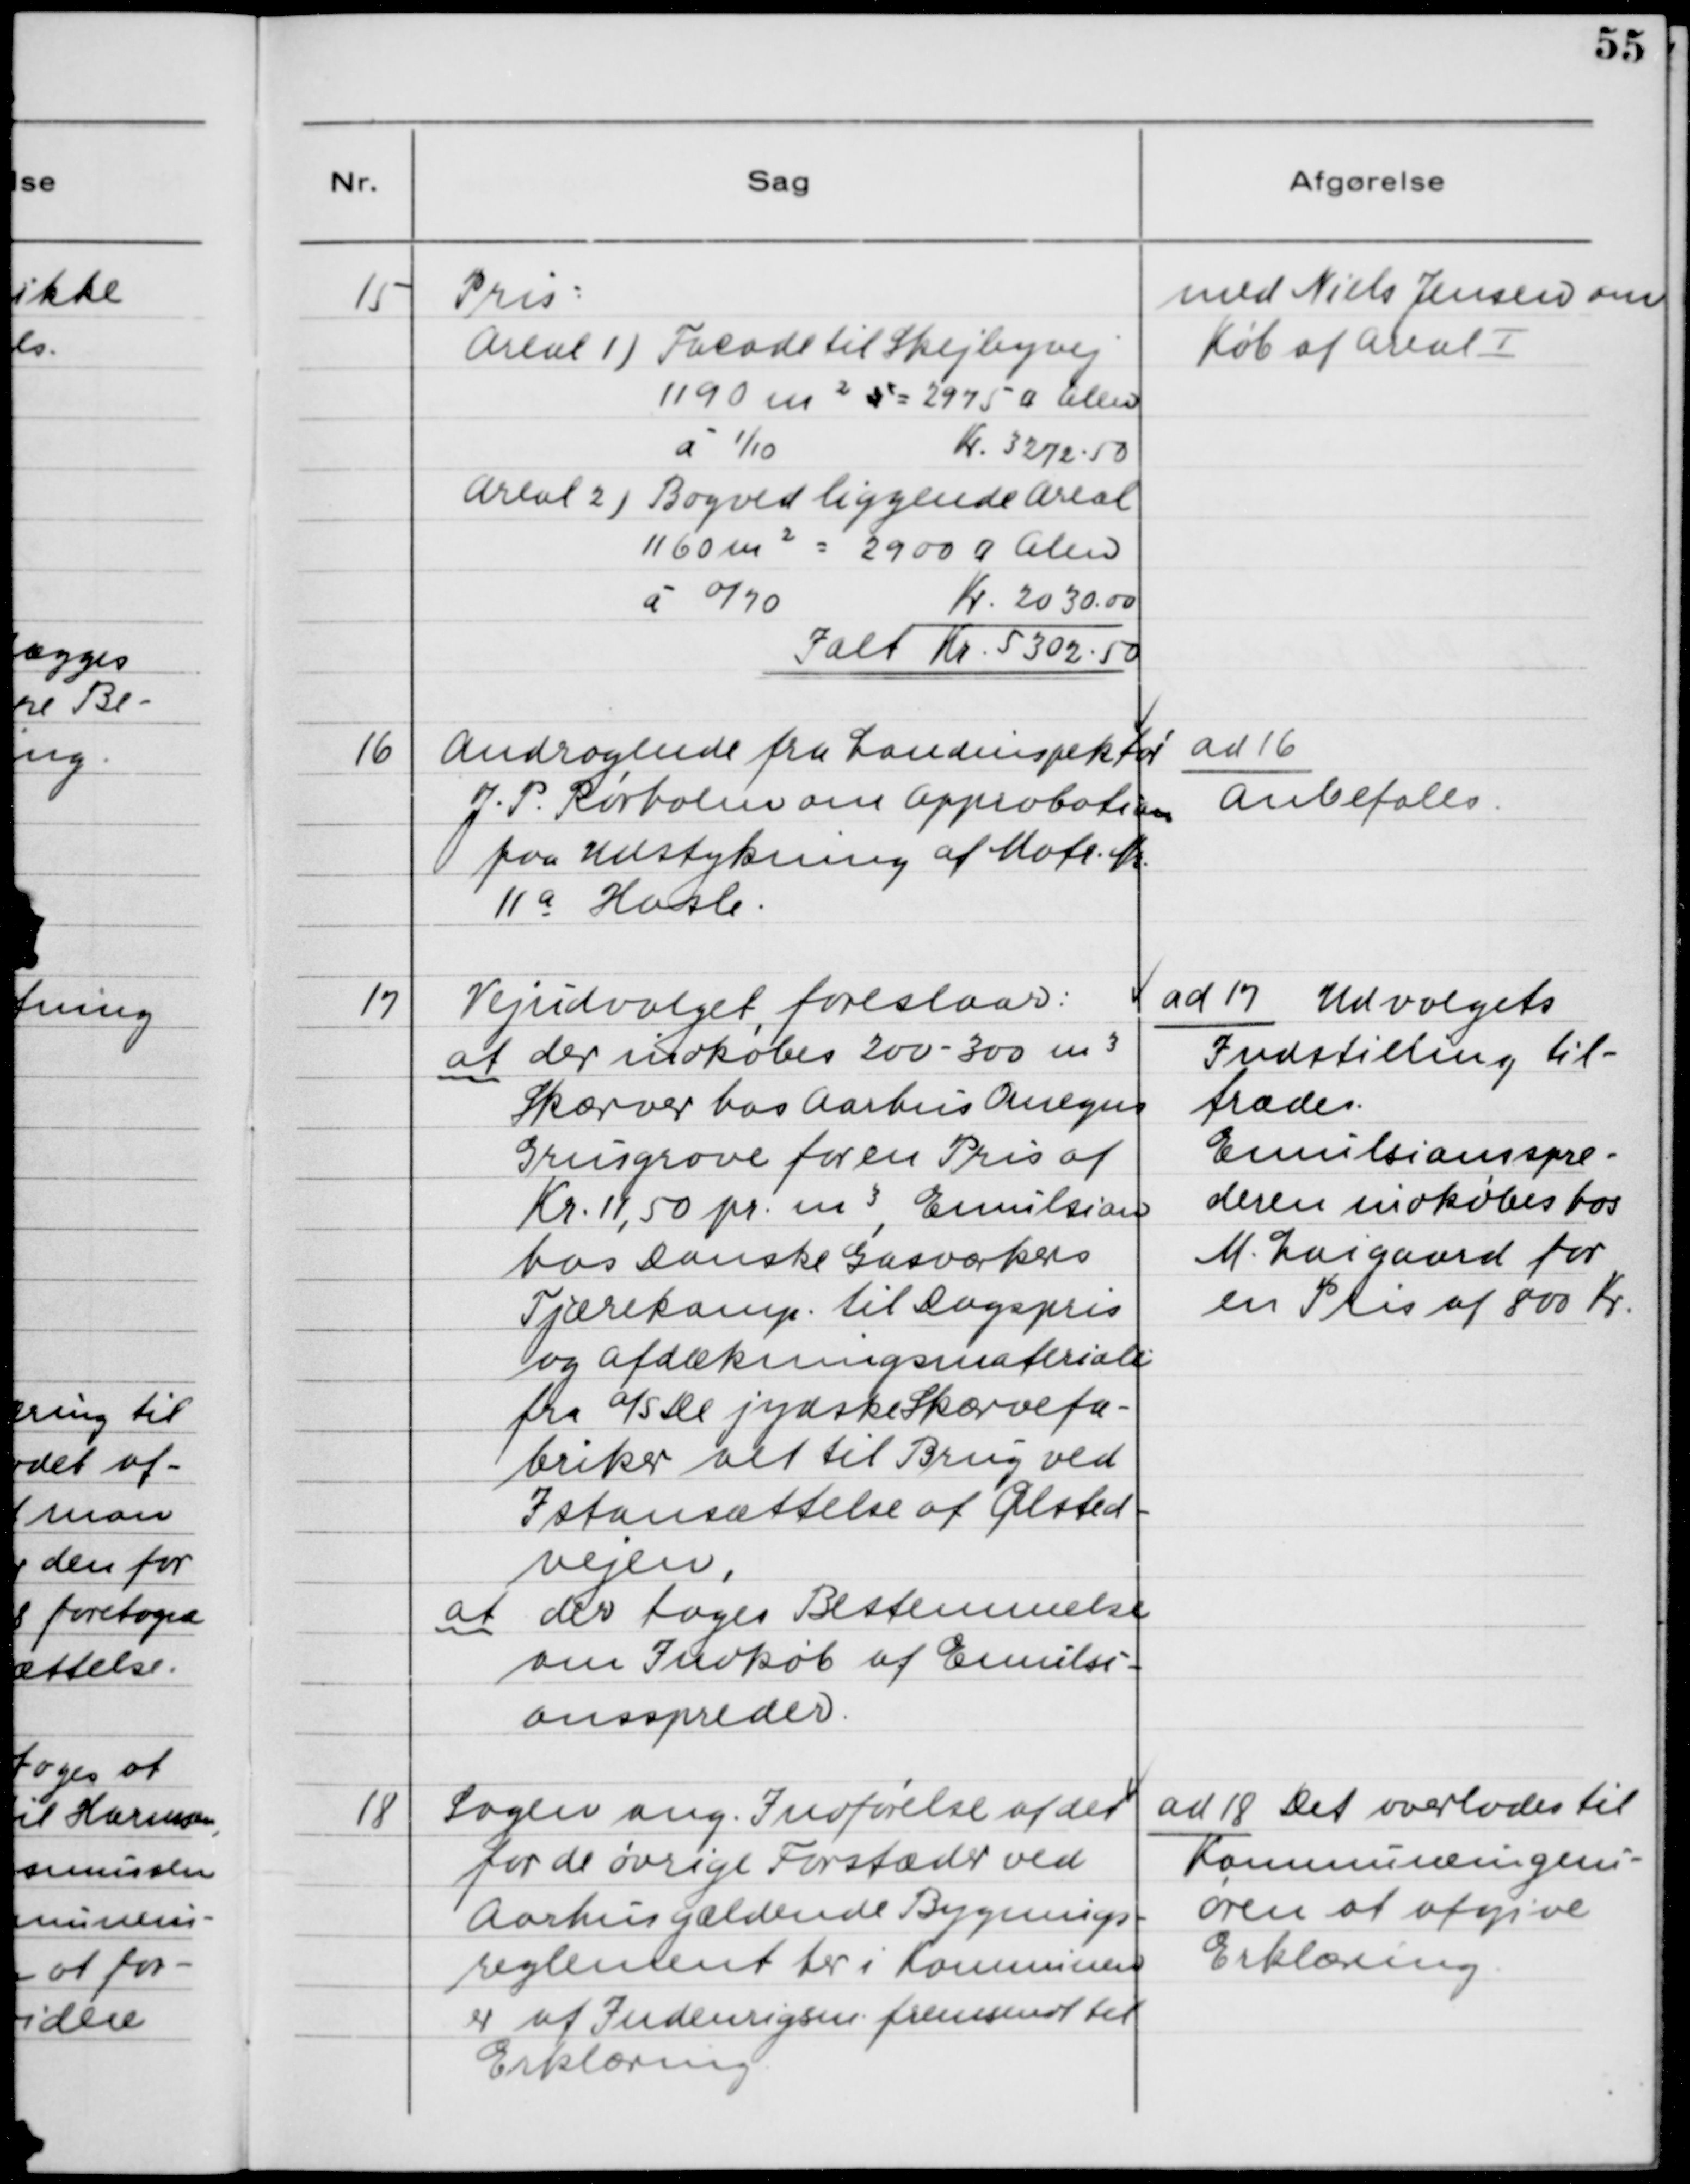
Transskription:
15. Pris:
Areal 1) Facade til Skejbyvej
1190 m2 a = 2975 ⁰ Alen
á 1/10 Kr. 3272,50
Areal 2) Bagved liggende Areal
1160 m2 = 2900 ⁰ Alen
á 0/70 Kr. 2030.00
Ialt Kr. 5302.50

med Niels Jensen om
Køb af Areal I

16. Andragende fra Landinspektør
J. P. Rørholm om Approbation
fra Udstykning af Matr. Nr.
11a Hasle.

ad 16.
Anbefales.

17. Vejudvalget foreslaar:
at der indkøbes 200 - 300 m3
Skærver hos Aarhus Omegns
Grusgrave for en Pris af
Kr. 11,50 pr. m3, Emulsion
hos Danske Gasværkers
Tjærekomp. til Dagspris
og Afdækningsmateriale
fra A/S De jydske Skærvefa-
briker alt til Brug ved
Istandsættelse af Ølsted-
vejen.
at der tages Bestemmelse
om Indkøb af Emulsi-
onsspreder.

ad 17. Udvalgets
Indstilling til-
trædes.
Emulsionsspre-
deren indkøbes hos
M. Laigaard for
en Pris af 800 Kr.

18. Sagen ang. Indførelse af det
for de øvrige Forstæder ved
Aarhus gældende Bygnings-
reglement her i Kommunen
er af Indenrigsm. fremsendt til
Erklæring.

ad 18. Det overlades til
Kommuneingeni-
øren at afgive
Erklæring.